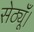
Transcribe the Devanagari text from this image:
सेठ्यूँ।